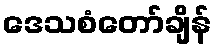
ဒေသစံတော်ချိန်